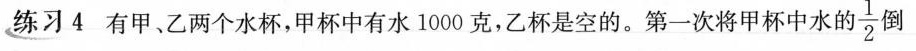
练习4 有甲、乙两个水杯，甲杯中有水1000克，乙杯是空的。第一次将甲杯中水的\frac{1}{2} 倒